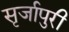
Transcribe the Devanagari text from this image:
सृर्जापुरी